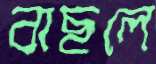
বাছলে